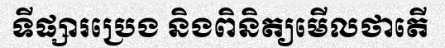
ទីផ្សារប្រេង និងពិនិត្យមើលថាតើ